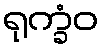
ရုက္ခံဝ